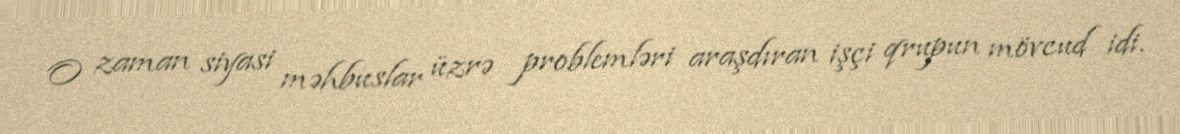
O zaman siyasi məhbuslar üzrə problemləri araşdıran işçi qrupun mövcud idi.